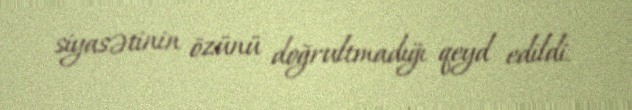
siyasətinin özünü doğrultmadığı qeyd edildi.